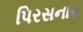
પિરસનાર